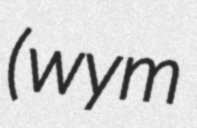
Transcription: (wym